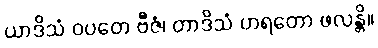
ယာဒိသံ ဝပတေ ဗီဇံ၊ တာဒိသံ ဟရတော ဖလန္တိ။